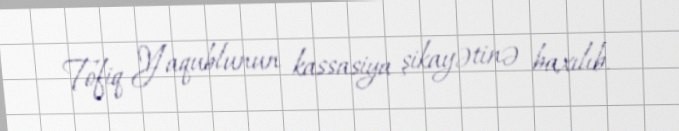
Tofiq Yaqublunun kassasiya şikayətinə baxılıb.